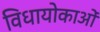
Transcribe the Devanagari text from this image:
विधायोकाओं